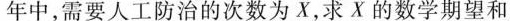
年中，需要人工防治的次数为X，求X的数学期望和